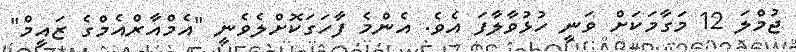
ޖުމްލަ 12 މަގާމަކަށް ވަނީ ހުޅުވާލާފަ އެވެ. އެންމެ ފާހަގަކޮށްލެވެނީ "އެމްއާރްއެމްގެ ޒައީމް"